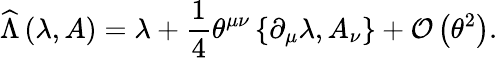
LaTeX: \widehat{\Lambda}\left(\lambda,A\right)=\lambda+\frac{1}{4}\theta^{\mu\nu}\left\{ \partial_{\mu}\lambda,A_{\nu}\right\} +{\cal O}\left(\theta^{2}\right).